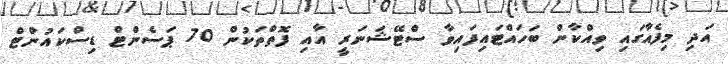
އަދި މިފެއާގައި ވިއްކާން ބަހައްޓައިފައިވާ ސްޓޭޝަނަރީ އާއި ފޮތްތަކުން 70 ޕަސެންޓް ޑިސްކައުންޓް